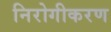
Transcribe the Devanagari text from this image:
निरोगीकरण